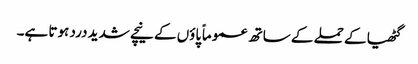
گٹھیا کے حملے کے ساتھ عموماً پاؤں کے نیچے شدید درد ہوتا ہے۔